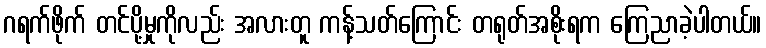
ဂရက်ဖိုက် တင်ပို့မှုကိုလည်း အလားတူ ကန့်သတ်ကြောင်း တရုတ်အစိုးရက ကြေညာခဲ့ပါတယ်။